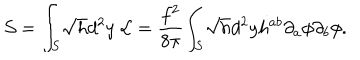
{ \cal S } = { \int } _ { S } \sqrt { h } d ^ { 2 } y ~ { \cal L } = \frac { f ^ { 2 } } { 8 { \pi } } { \int } _ { S } \sqrt { h } d ^ { 2 } y h ^ { a b } { \partial } _ { a } { \phi } { \partial } _ { b } { \phi } .